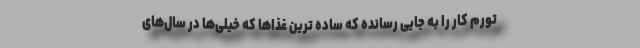
تورم کار را به جایی رسانده که ساده ترین غذاها که خیلی‌ها در سال‌های